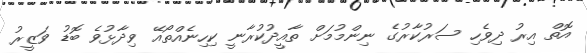
އޮތް އިރު ދިވެހި ސަރުކާރުގެ ނިންމުމަށް ތާއީދުކުރާނީ ކިހިނެއްތޯއޭ ވިދާޅުވެ ބޮޑު ވަޒީރު